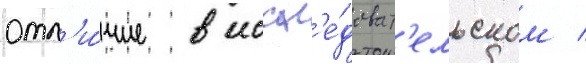
отл'и́чие в иссл'е́доват'ельском /